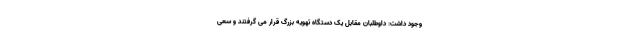
وجود داشت: داوطلبان مقابل یک دستگاه تهویه بزرگ قرار می گرفتند و سعی